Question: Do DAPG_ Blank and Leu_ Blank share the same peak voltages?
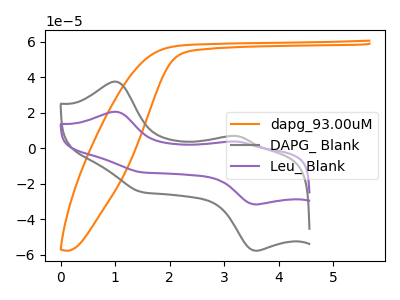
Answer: <think>The orange curve "dapg_93.00uM" has no peaks. The gray curve "DAPG_ Blank" has anodic peaks at (1.00V, 37.65uA) (3.25V, 6.85uA) and cathodic peaks at (3.55V, -57.85uA) (1.50V, -24.65uA). The purple curve "Leu_ Blank" has anodic peaks at (1.00V, 20.65uA) (3.25V, 3.75uA) and cathodic peaks at (3.55V, -31.70uA) (1.50V, -13.50uA).</think>
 <answer>Yes, "DAPG_ Blank" have a peak in "Leu_ Blank" at the same potential.</answer>
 <eval>match</eval>